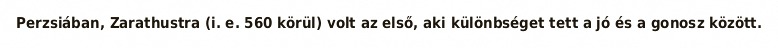
Perzsiában, Zarathustra (i. e. 560 körül) volt az első, aki különbséget tett a jó és a gonosz között.